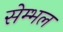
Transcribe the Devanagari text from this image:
सेम्भल